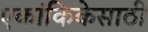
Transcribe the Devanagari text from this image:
एकांकिकेसाठी